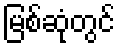
မြစ်ဆုံတွင်